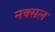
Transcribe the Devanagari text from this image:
नक्‍सल